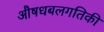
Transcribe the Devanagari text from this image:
औषधबलगतिकी